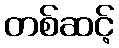
တစ်ဆင့်